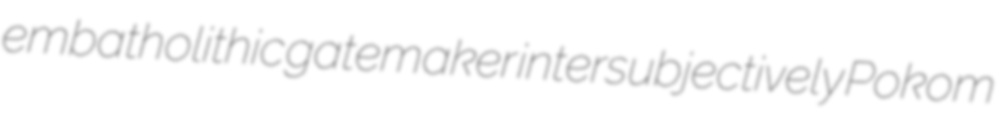
embatholithic gatemaker intersubjectively Pokom